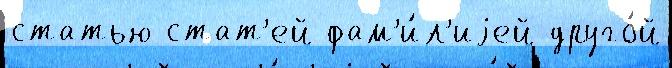
статью стат'ей фам'и́л'иjей друго́й